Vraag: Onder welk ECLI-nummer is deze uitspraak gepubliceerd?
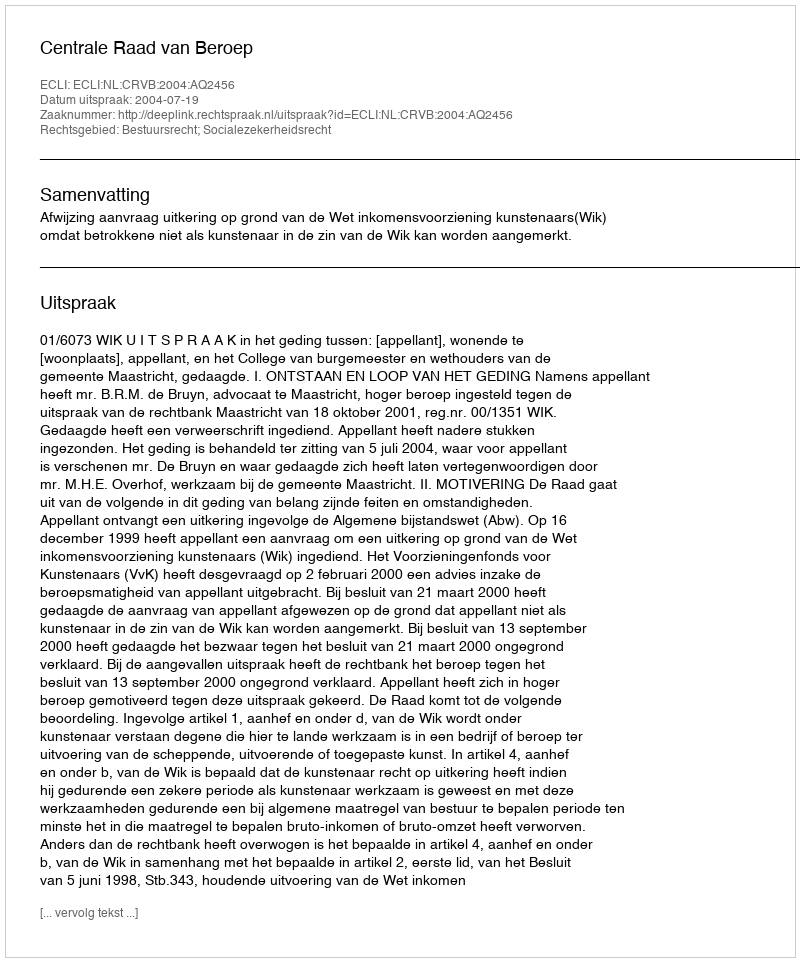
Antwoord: ECLI:NL:CRVB:2004:AQ2456